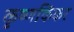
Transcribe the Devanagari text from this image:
कृष्णकिंकर